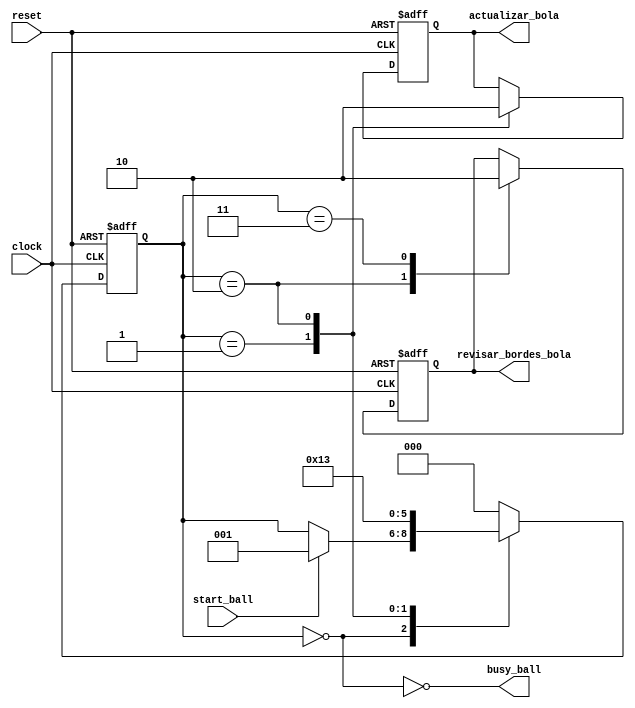
module FSM_Bola(clock, reset, start_ball, busy_ball,actualizar_bola,revisar_bordes_bola);
	
	input clock, reset, start_ball;
	output busy_ball;
	output reg actualizar_bola, revisar_bordes_bola;
	
	//Estado en que se encuentra actualmente
	reg [2:0] state;
	
	//Definimos los estados de la FSM
	parameter STATE_0 = 0;
	parameter STATE_1 = 1;
	parameter STATE_2 = 2;
	parameter STATE_3 = 3;
	
	//Empieza en el estado cero
	initial
		begin
			state <= STATE_0;
			actualizar_bola <= 1'b0;
			revisar_bordes_bola <= 1'b0;
		end
	
	always@(posedge clock or posedge reset)
	begin
		if(reset)
			begin
				state <= STATE_0;
				actualizar_bola <= 1'b0;
				revisar_bordes_bola <= 1'b0;
			end
		else
			begin
				case(state)//Se va recorriendo estado por estado
				
					STATE_0: //Espera a que le digan que empiece
						begin
							if (start_ball)
								begin
									state <= STATE_1;
								end
						end
					
					STATE_1: //Actualiza las posiciones de la barra
						begin
							actualizar_bola <= 1'b1;
							state <= STATE_2;
						end
					
					STATE_2: //Revisa los bordes
						begin			
							actualizar_bola <= 1'b0;
							revisar_bordes_bola <= 1'b1;
							state <= STATE_3;
						end
						
					STATE_3:
						begin			
							revisar_bordes_bola <= 1'b0;
							state <= STATE_0;
						end

					default:
						begin
							state <= STATE_0;
						end
				endcase
			end
	end
	
	//Se definen los valores de salida
	assign busy_ball = !(state == STATE_0);
	
endmodule